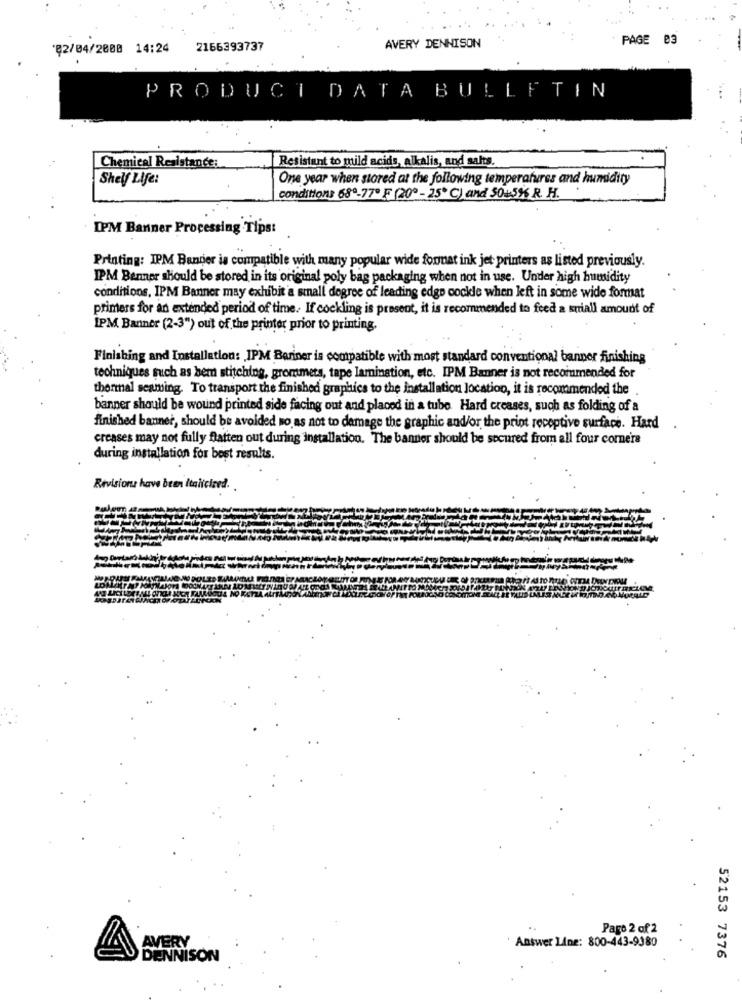
PAGE 03
‘Ę2/04/2008 14:24
2166393737
AVERY DENNISON
PRODUCT DATA BULLETIN
Chemical Resistance:
Resistant to mild acids, alkalis, and salts.
Shelf Life:
One year when stared at the following temperatures and humidity
conditions 680-77º F (20 - 25 ℃) and 50+5% R. H.
DPM Banner Processing Tips:
Printing: IPM Bandier is compatible with many popular wide format ink jet printers as listed previously.
IPM Benner should be stored in its original poly bag packaging when not in use. Under high humidity
conditions, IPM Banner may exhibit a small degree of leading edge cockde when left in some wide format
primers for an extended period of time. If cockling is present, it is recommended to feed a sniall amount of
IPM Banner (2-3") out of the printer prior to printing.
Finishing and Installation: IPM Boriner is compatible with most standard conventional banner finishing
techniques such as bem stitching, grommets, tape lamination, etc. IPM Banner is not recommended for
thermal seaming. To transport the finished graphics to the installation location, it is recommended the
banner should be wound printed side facing out and placed in a tubo Hard creases, such as folding of a
finished banner, should be avoided so as not to damage the graphic and/or the print receptive surface. Hard
creases may not fully flatten out during installation. The banner should be secured from all four corners
during installation for best results.
Revisions have been italicized.
Page 2 of 2
AVERY
Answer Line: 800-443-9380
DENNISON
52153 7376